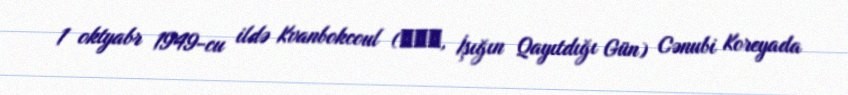
1 oktyabr 1949-cu ildə Kvanbokcoul (광복절, İşığın Qayıtdığı Gün) Cənubi Koreyada